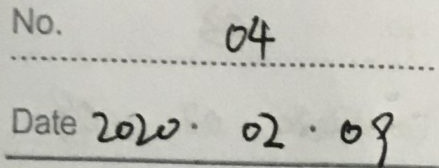
No. 04
Date 2020. 02. 08